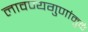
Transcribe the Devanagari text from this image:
लावण्यगुणांमुळे